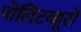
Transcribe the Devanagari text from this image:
पोलिटब्यूरो